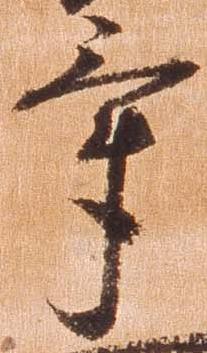
畢